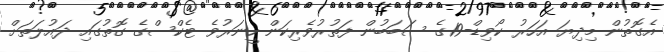
އެގޮތުން މިދިޔަ އަހަރު ކޯވިޑް-19ގެ ސަބަބުން ފަތުރުވެރިކަން ހީނަރުވެ ޓެކްސްގެ ގޮތުގައި ދައުލަތަށް